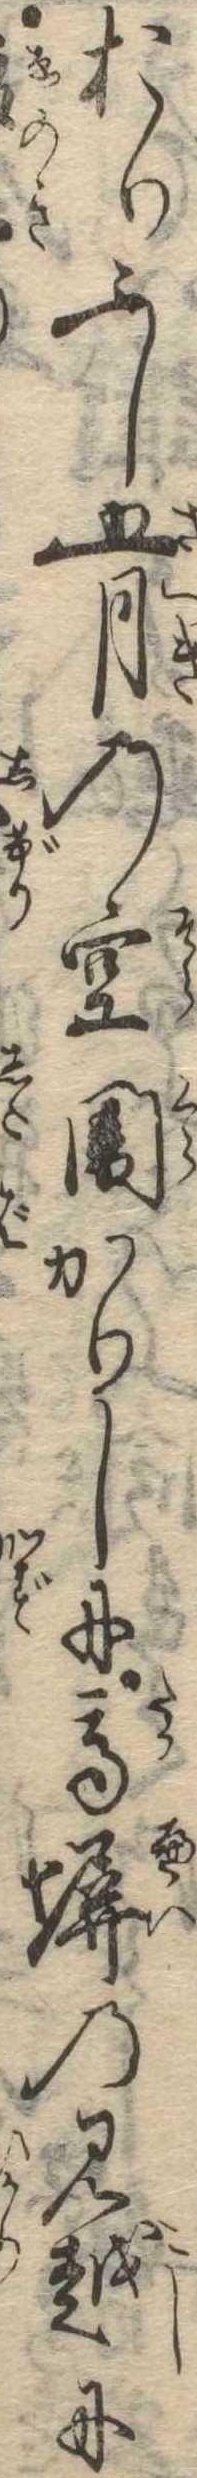
おりふし五月の空闇かりしに高塀の見越に